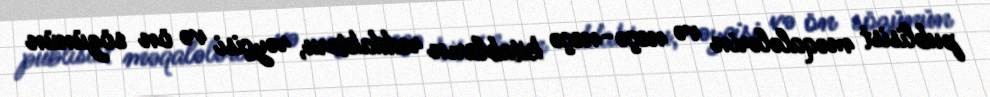
publisist məqalələrin və neçə-neçə kitabların reddaktoru, rəyçisi və ön sözünün